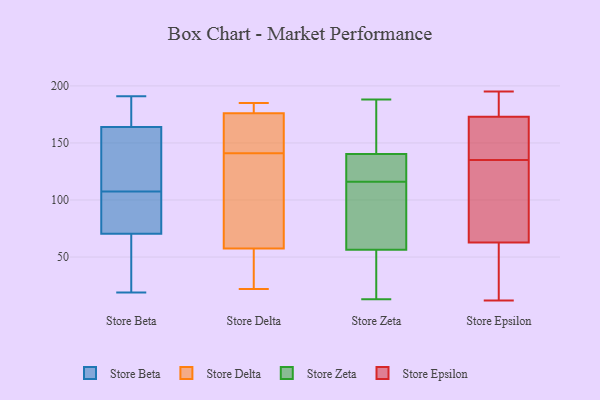
{"axis": {"x": "Net Income (USD K)", "y": "Value"}, "legend": ["Store Beta", "Store Delta", "Store Epsilon", "Store Zeta"], "data": [{"x": "", "y": 94, "type": "Store Beta"}, {"x": "", "y": 173, "type": "Store Beta"}, {"x": "", "y": 19, "type": "Store Beta"}, {"x": "", "y": 86, "type": "Store Beta"}, {"x": "", "y": 120, "type": "Store Beta"}, {"x": "", "y": 150, "type": "Store Beta"}, {"x": "", "y": 19, "type": "Store Beta"}, {"x": "", "y": 169, "type": "Store Beta"}, {"x": "", "y": 177, "type": "Store Beta"}, {"x": "", "y": 126, "type": "Store Beta"}, {"x": "", "y": 55, "type": "Store Beta"}, {"x": "", "y": 93, "type": "Store Beta"}, {"x": "", "y": 95, "type": "Store Beta"}, {"x": "", "y": 47, "type": "Store Beta"}, {"x": "", "y": 159, "type": "Store Beta"}, {"x": "", "y": 191, "type": "Store Beta"}, {"x": "", "y": 80, "type": "Store Delta"}, {"x": "", "y": 175, "type": "Store Delta"}, {"x": "", "y": 179, "type": "Store Delta"}, {"x": "", "y": 185, "type": "Store Delta"}, {"x": "", "y": 129, "type": "Store Delta"}, {"x": "", "y": 153, "type": "Store Delta"}, {"x": "", "y": 160, "type": "Store Delta"}, {"x": "", "y": 22, "type": "Store Delta"}, {"x": "", "y": 22, "type": "Store Delta"}, {"x": "", "y": 177, "type": "Store Delta"}, {"x": "", "y": 35, "type": "Store Delta"}, {"x": "", "y": 87, "type": "Store Delta"}, {"x": "", "y": 16, "type": "Store Zeta"}, {"x": "", "y": 92, "type": "Store Zeta"}, {"x": "", "y": 122, "type": "Store Zeta"}, {"x": "", "y": 188, "type": "Store Zeta"}, {"x": "", "y": 59, "type": "Store Zeta"}, {"x": "", "y": 142, "type": "Store Zeta"}, {"x": "", "y": 150, "type": "Store Zeta"}, {"x": "", "y": 126, "type": "Store Zeta"}, {"x": "", "y": 124, "type": "Store Zeta"}, {"x": "", "y": 145, "type": "Store Zeta"}, {"x": "", "y": 72, "type": "Store Zeta"}, {"x": "", "y": 13, "type": "Store Zeta"}, {"x": "", "y": 116, "type": "Store Zeta"}, {"x": "", "y": 135, "type": "Store Zeta"}, {"x": "", "y": 23, "type": "Store Zeta"}, {"x": "", "y": 180, "type": "Store Zeta"}, {"x": "", "y": 58, "type": "Store Zeta"}, {"x": "", "y": 56, "type": "Store Zeta"}, {"x": "", "y": 48, "type": "Store Zeta"}, {"x": "", "y": 44, "type": "Store Epsilon"}, {"x": "", "y": 12, "type": "Store Epsilon"}, {"x": "", "y": 18, "type": "Store Epsilon"}, {"x": "", "y": 139, "type": "Store Epsilon"}, {"x": "", "y": 131, "type": "Store Epsilon"}, {"x": "", "y": 119, "type": "Store Epsilon"}, {"x": "", "y": 195, "type": "Store Epsilon"}, {"x": "", "y": 173, "type": "Store Epsilon"}, {"x": "", "y": 181, "type": "Store Epsilon"}, {"x": "", "y": 135, "type": "Store Epsilon"}, {"x": "", "y": 173, "type": "Store Epsilon"}]}